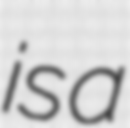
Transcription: is a